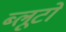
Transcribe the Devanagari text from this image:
ब्लूटो